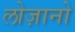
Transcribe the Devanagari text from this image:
लोज़ानो